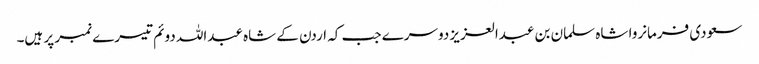
سعودی فرمانروا شاہ سلمان بن عبدالعزیز دوسرے جب کہ اردن کے شاہ عبداللہ دوئم تیسرے نمبر پر ہیں۔